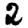
Digit: 2